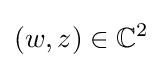
(w,z)\in \mathbb {C} ^{2}